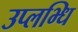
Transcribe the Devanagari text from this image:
उप्लभ्धि